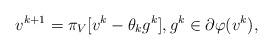
LaTeX: \begin{align*} v^{k+1}=\pi _{V} [v^k-\theta _{k} g^k], g^k \in\partial\varphi(v^{k}),\end{align*}